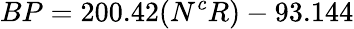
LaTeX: BP=200.42(N^{c}R)-93.144